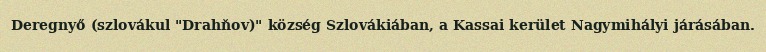
Deregnyő (szlovákul "Drahňov)" község Szlovákiában, a Kassai kerület Nagymihályi járásában.